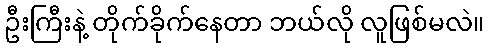
ဦးကြီးနဲ့ တိုက်ခိုက်နေတာ ဘယ်လို လူဖြစ်မလဲ။